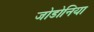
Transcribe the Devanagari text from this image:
जोडोनिया